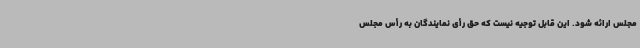
مجلس ارائه شود. این قابل توجیه نیست که حق رأی نمایندگان به رأس مجلس